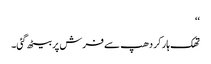
‘‘
تھک ہار کر دھپ سے فرش پر بیٹھ گئی۔